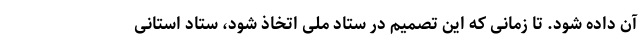
آن داده شود. تا زمانی که این تصمیم در ستاد ملی اتخاذ شود، ستاد استانی